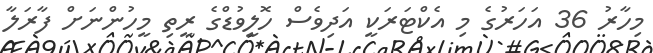
މިހާރު 36 އަހަރުގެ މި އެކްޓަރަކީ އަދިވެސް ހޮލީވުޑްގެ ރީތި މީހުންނަށް ފާރަލާ